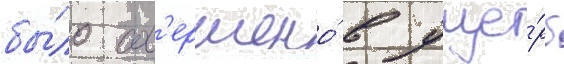
бы́ло сов'ершено́ в уще́рб